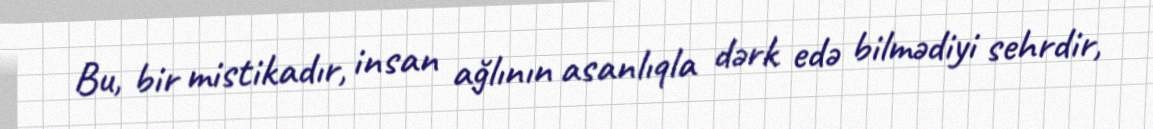
Bu, bir mistikadır, insan ağlının asanlıqla dərk edə bilmədiyi sehrdir,